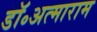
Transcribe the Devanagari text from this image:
डॉ॰अत्माराम